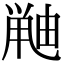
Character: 𫠘